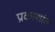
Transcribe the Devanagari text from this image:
प्रकाशांत